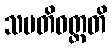
သမတိဝတ္တတိ